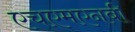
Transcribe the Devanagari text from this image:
एचएमएनबी